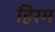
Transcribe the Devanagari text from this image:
हिरम